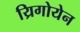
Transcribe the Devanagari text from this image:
य्रिगोयेन